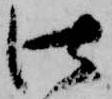
仕